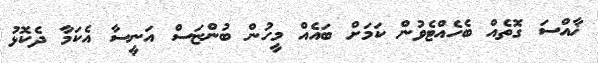
ޚާއްސަ ގޮތެއް ބެހެއްޓެވުން ކަމަށް ބައެއް މީހުން ބުންޏަސް އަނީސާ އެކަމާ ދެކޮޅު